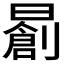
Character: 𣋃